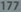
Transcribetheimage